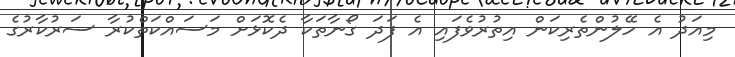
މިއަދު އެ ހޭލުންތެރިކަން އިތުރުވެފައި އެ ފަދަ ގޯނާތަކާ ދެކޮޅަށް މަސައްކަތްކުރާ ސަރުކާރުގެ